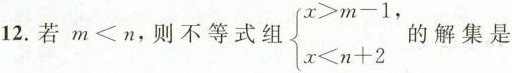
12.若$$m<n$$，则不等式组$$ \left\{ \begin{matrix} x>m-1, \\ x<n+2 \\ \end{matrix} \right. $$的解集是